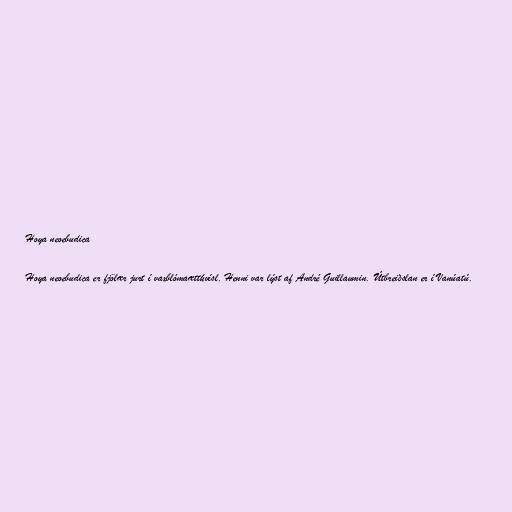
Hoya neoebudica

Hoya neoebudica er fjölær jurt í vaxblómaættkvísl. Henni var lýst af André Guillaumin. Útbreiðslan er í Vanúatú.